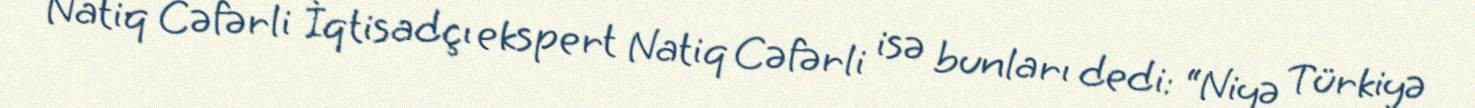
Natiq Cəfərli İqtisadçı ekspert Natiq Cəfərli isə bunları dedi: “Niyə Türkiyə